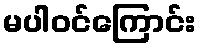
မပါဝင်ကြောင်း